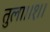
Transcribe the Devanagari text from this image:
तुला।।१।।